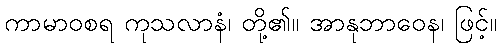
ကာမာဝစရ ကုသလာနံ၊ တို့၏။ အာနုဘာဝေန၊ ဖြင့်။